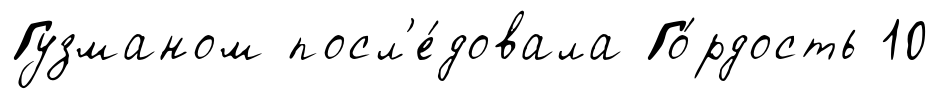
Гузманом посл'е́довала Го́рдость 10